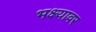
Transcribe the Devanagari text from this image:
भक्ष्यावर